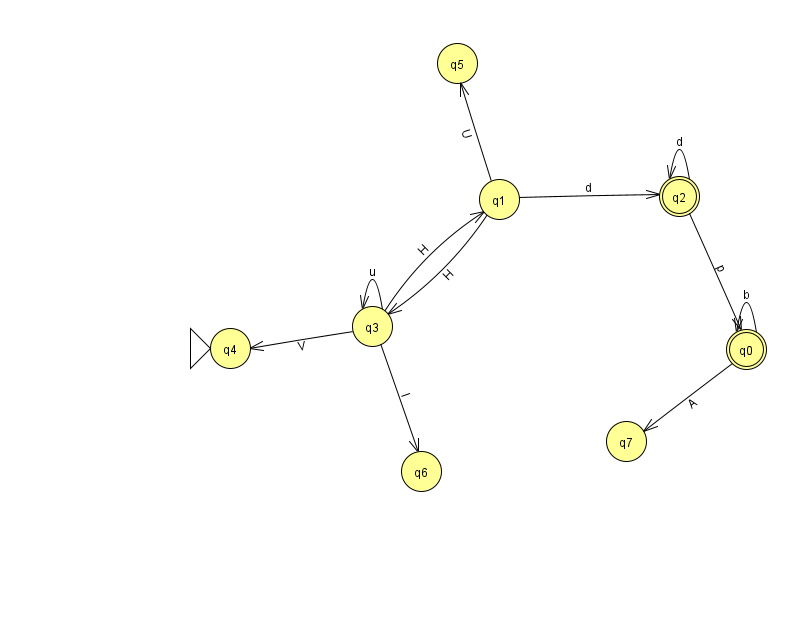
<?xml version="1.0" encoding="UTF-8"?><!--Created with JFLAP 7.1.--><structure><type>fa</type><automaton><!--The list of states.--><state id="0" name="q0"><x>746.0</x><y>336.0</y><final/></state><state id="1" name="q1"><x>499.0</x><y>186.0</y></state><state id="2" name="q2"><x>679.0</x><y>183.0</y><final/></state><state id="3" name="q3"><x>372.0</x><y>313.0</y></state><state id="4" name="q4"><x>230.0</x><y>335.0</y><initial/></state><state id="5" name="q5"><x>457.0</x><y>50.0</y></state><state id="6" name="q6"><x>421.0</x><y>458.0</y></state><state id="7" name="q7"><x>626.0</x><y>428.0</y></state><!--The list of transitions.--><transition><from>0</from><to>0</to><read>b</read></transition><transition><from>1</from><to>3</to><read>H</read></transition><transition><from>3</from><to>1</to><read>H</read></transition><transition><from>2</from><to>2</to><read>d</read></transition><transition><from>3</from><to>6</to><read>l</read></transition><transition><from>3</from><to>3</to><read>u</read></transition><transition><from>3</from><to>4</to><read>V</read></transition><transition><from>1</from><to>2</to><read>d</read></transition><transition><from>0</from><to>7</to><read>A</read></transition><transition><from>2</from><to>0</to><read>p</read></transition><transition><from>1</from><to>5</to><read>U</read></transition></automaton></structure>